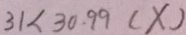
3 1 < 3 0 . 9 9 ( X )